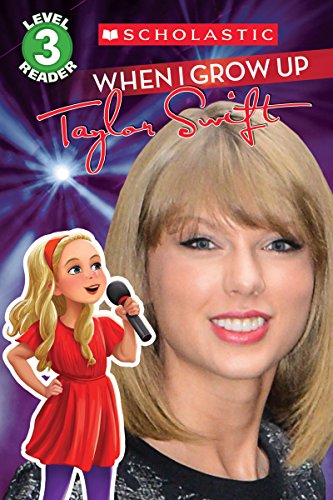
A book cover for When I Grow Up: Taylor Swift (Scholastic Reader, Level 3); Scholastic; Children's Books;